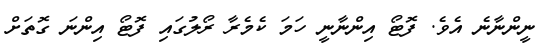
ނީންނާނެ އެވެ. ފޮޓޯ އިންނާނީ ހަމަ ކެމެރާ ރޯލުގައި ފޮޓޯ އިންނަ ގޮތަށް